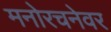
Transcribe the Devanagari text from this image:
मनोरचनेवर